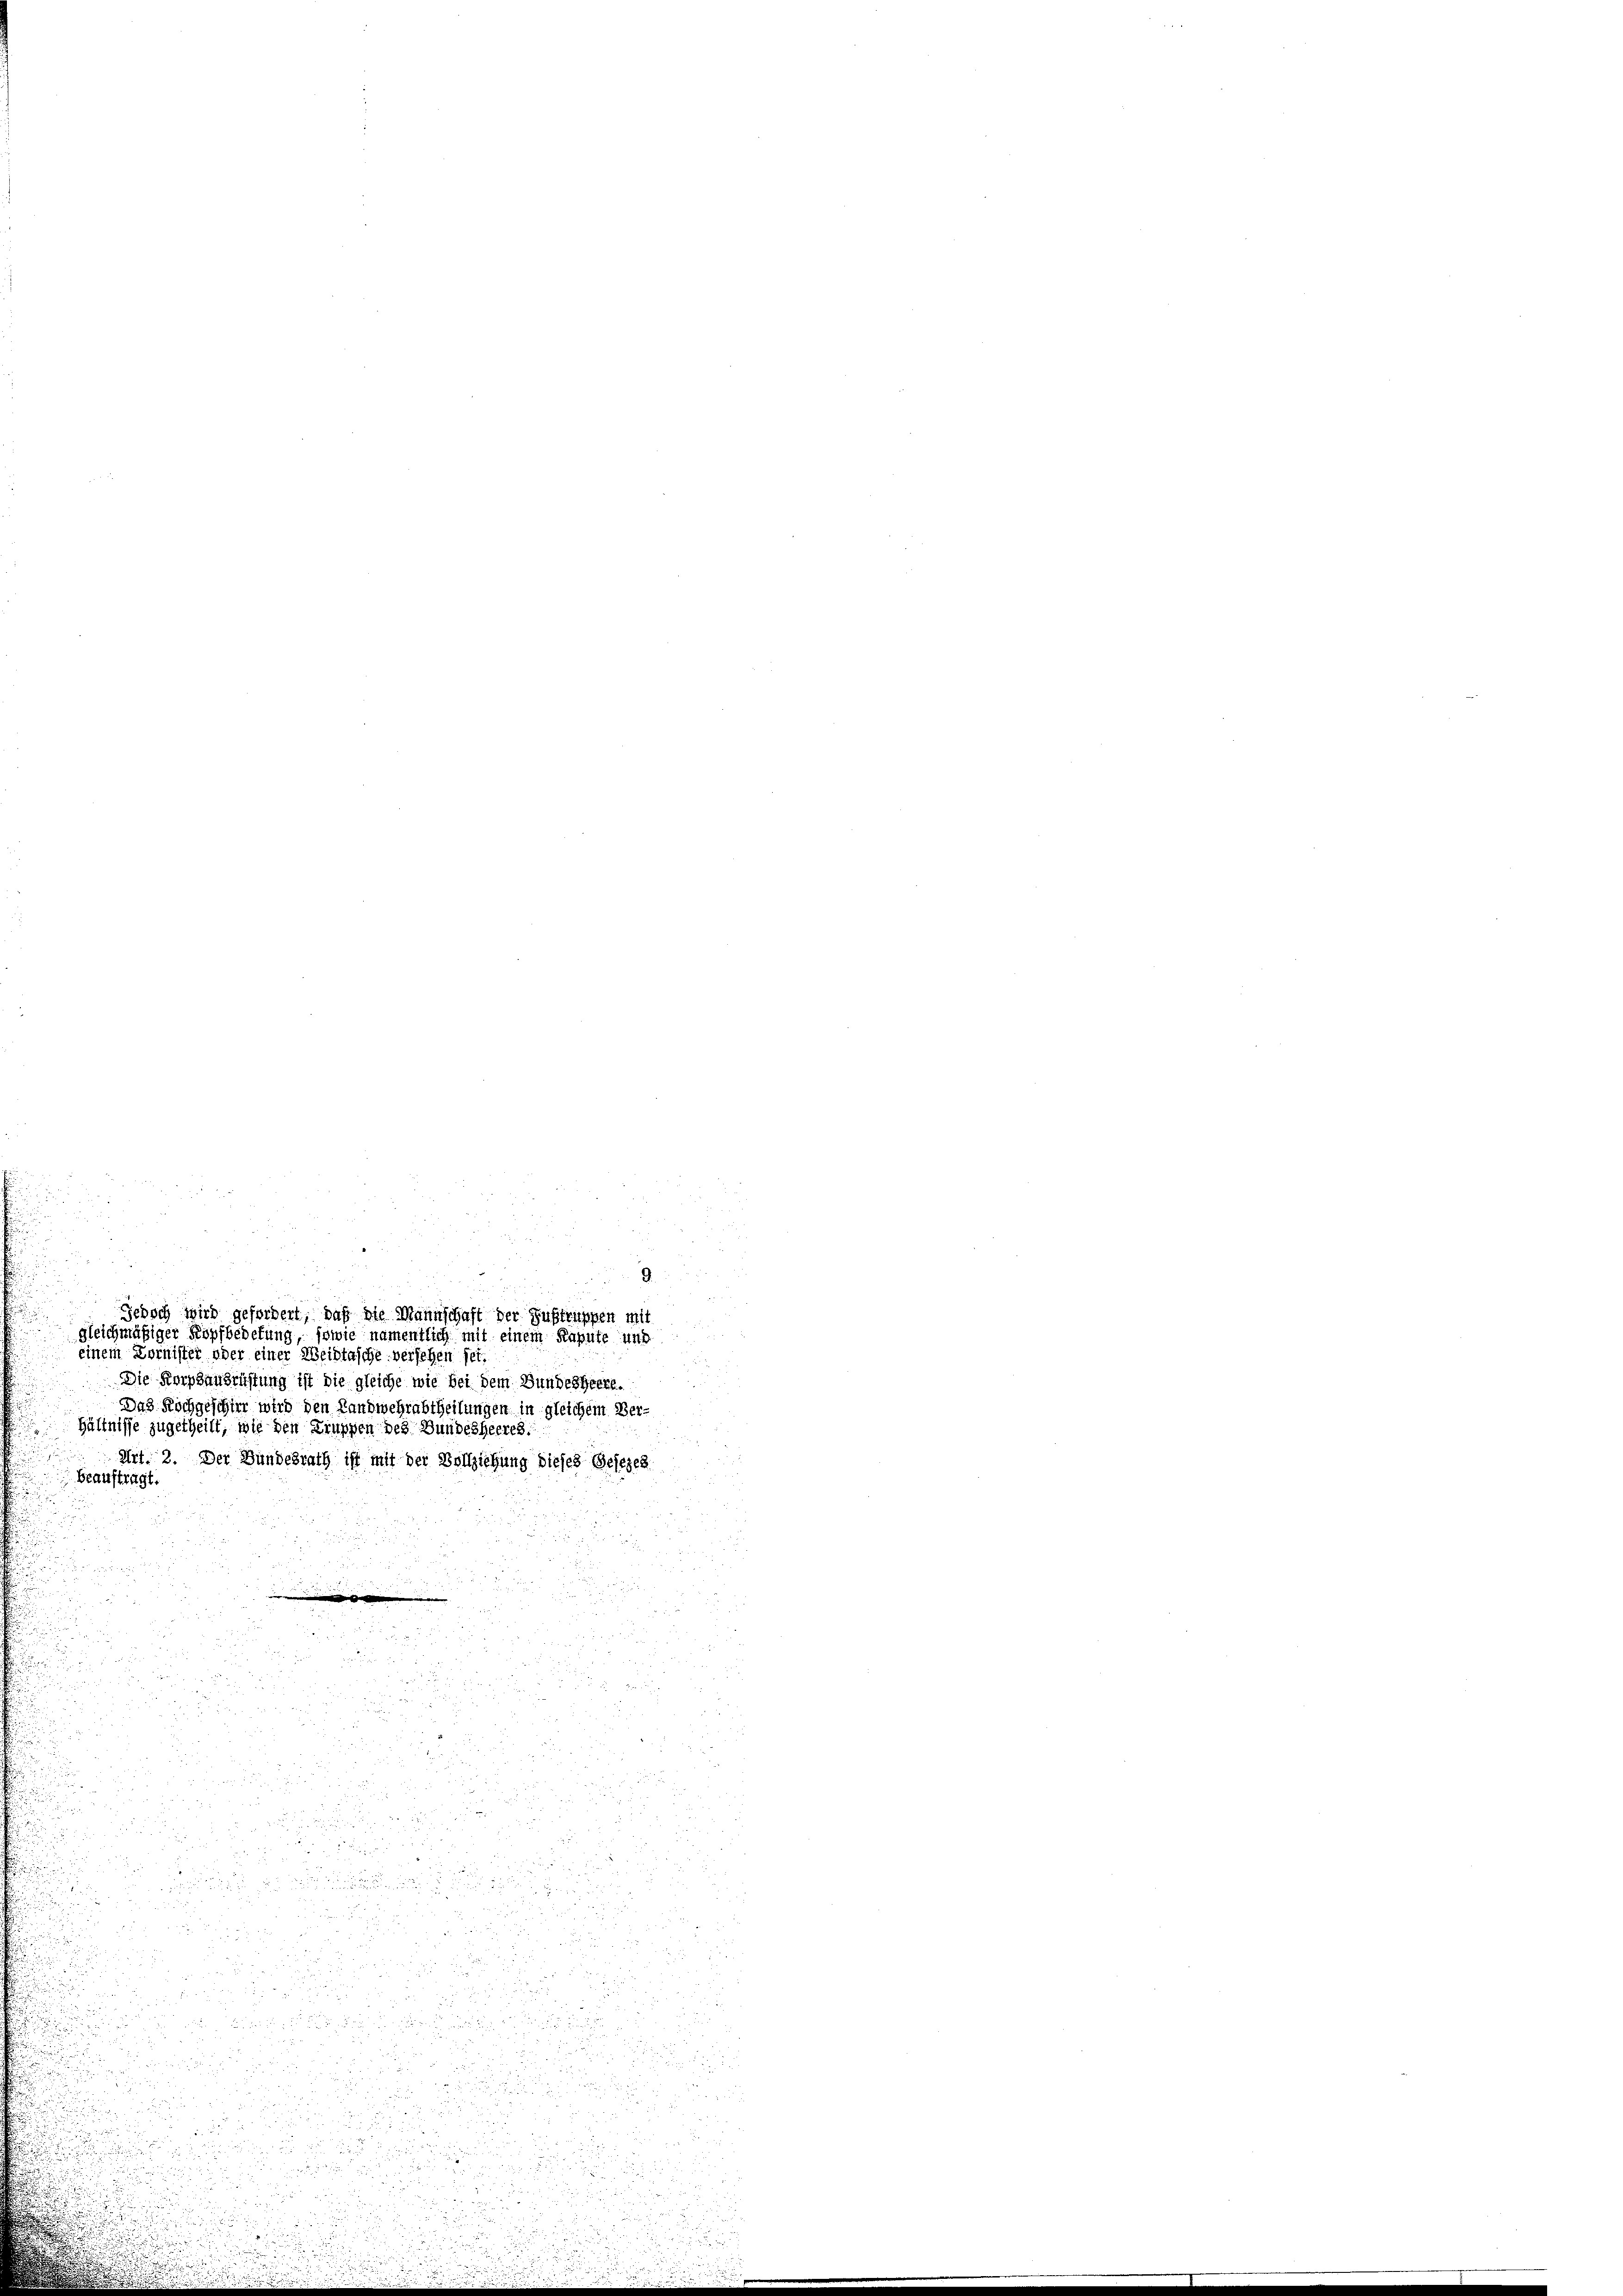
i
zu 5
¬
¬

u

.

Jedoch wird gefordert, daß die Mannschaft der Zustruppen mit
gleichmäßiger Kopfbedefung, sowie namentlich mit einem Kapute und
einem Kornister oder einer Weißtasche versehen sei.
Die Korpsausrichtung ist die gleiche wie bei dem Bundesheere.
Das Rochgeschier wird den Landwehrabtheilungen in gleichem Verhältnisse zugetheilt, wie den Truppen des Bundesheeres.
Art. 2. Der Bundesrath ist mit der Vollziehung dieses Gesezen
beauftragt.

9.